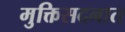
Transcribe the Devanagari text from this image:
मुक्तिसदनात